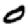
Digit: 0